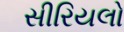
સીરિયલો